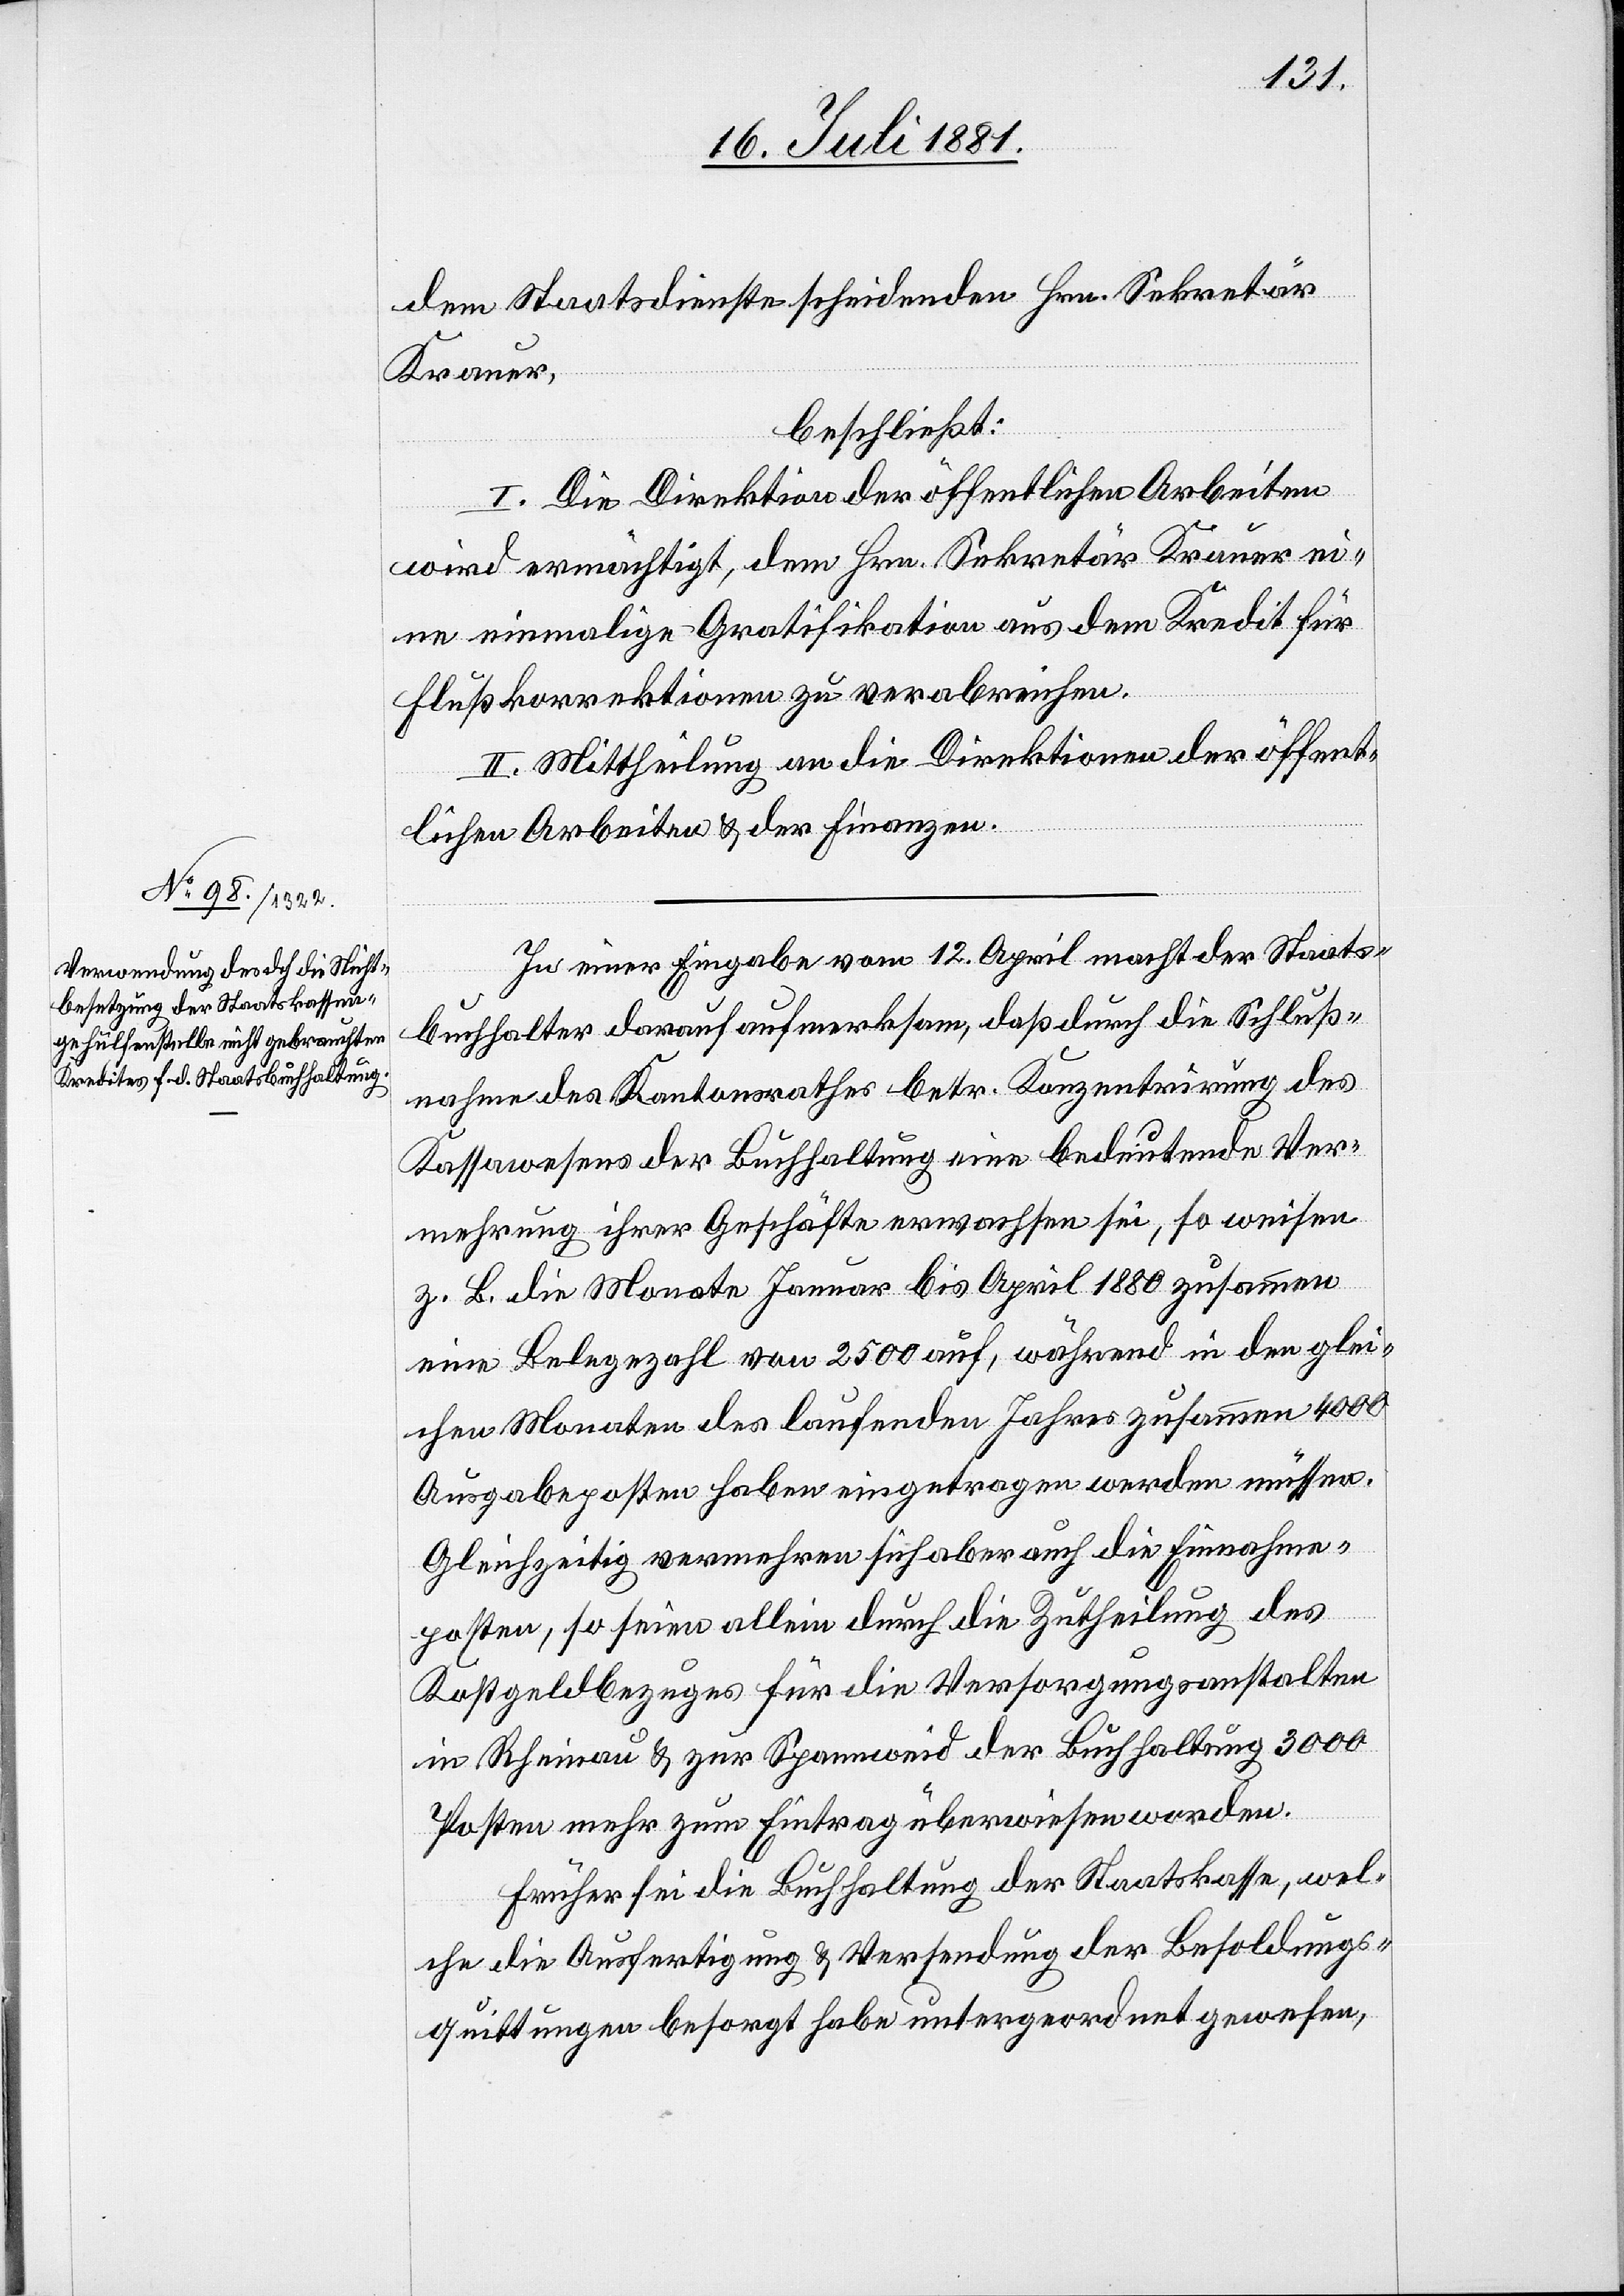
dem Staatsdienste scheidenden Hrn. Sekretär
Krauer,
beschließt:
I. Die Direktion der öffentlichen Arbeiten
wird ermächtigt, dem Hrn. Sekretär Krauer ei¬
ne einmalige Gratifikation aus dem Kredit für
Flußkorrektionen zu verabreichen.
II. Mittheilung an die Direktion der öffent¬
lichen Arbeiten & der Finanzen.
In einer Eingabe vom 12. April macht der Staats¬
buchhalter darauf aufmerksam, daß durch die Schluß¬
nahme des Kantonsrathes betr. Konzentrirung des
Kassawesens der Buchhaltung eine bedeutende Ver¬
mehrung ihrer Geschäfte erwachsen sei, so weisen
z. B. die Monate Januar bis April 1880 zusammen
eine Belegezahl von 2500 auf, während in den glei¬
chen Monaten des laufenden Jahres zusammen 4000
Ausgabeposten haben eingetragen werden müssen.
Gleichzeitig vermehren sich aber auch die Einnahmen¬
posten, so seien allein durch die Zutheilung des
Kostgeldes für die Versorgungsanstalten
in Rheinau & zu Spannweid der Buchhaltung 3000
Posten mehr zum Eintrag überwiesen worden.
Früher sei die Buchhaltung der Staatskasse, wel¬
che die Ausfertigung & Versendung der Besoldungs¬
quittungen besorgt habe untergeordnet gewesen,